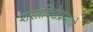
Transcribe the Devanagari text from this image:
शस्त्रविद्येप्रमाणे